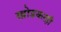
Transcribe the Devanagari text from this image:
खोडकरही